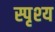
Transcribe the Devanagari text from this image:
स्पृश्‍य